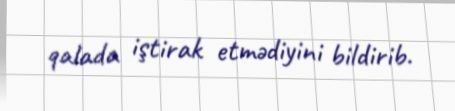
qalada iştirak etmədiyini bildirib.